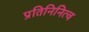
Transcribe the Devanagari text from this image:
प्रतिनिनित्व